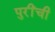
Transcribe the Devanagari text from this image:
पुरींची